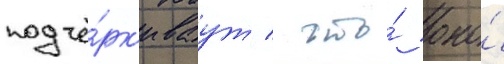
подчё́рк'иваут / что́ оно́